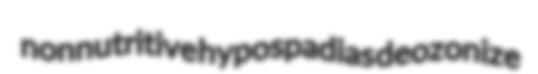
nonnutritive hypospadias deozonize